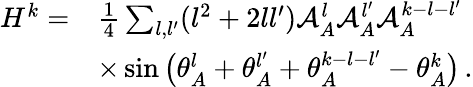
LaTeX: \begin{array}{rl}{H^{k}=}&{\frac{1}{4}\sum_{{l},{l^{\prime}}}({l}^{2}+2{l}{l^{\prime}})\mathcal{A}_{A}^{l}\mathcal{A}_{A}^{l^{\prime}}\mathcal{A}_{A}^{k-{l}-{l^{\prime}}}}\\ &{\times\sin\big(\theta_{A}^{l}+\theta_{A}^{l^{\prime}}+\theta_{A}^{k-{l}-{l^{\prime}}}-\theta_{A}^{k}\big)\, .}\end{array}